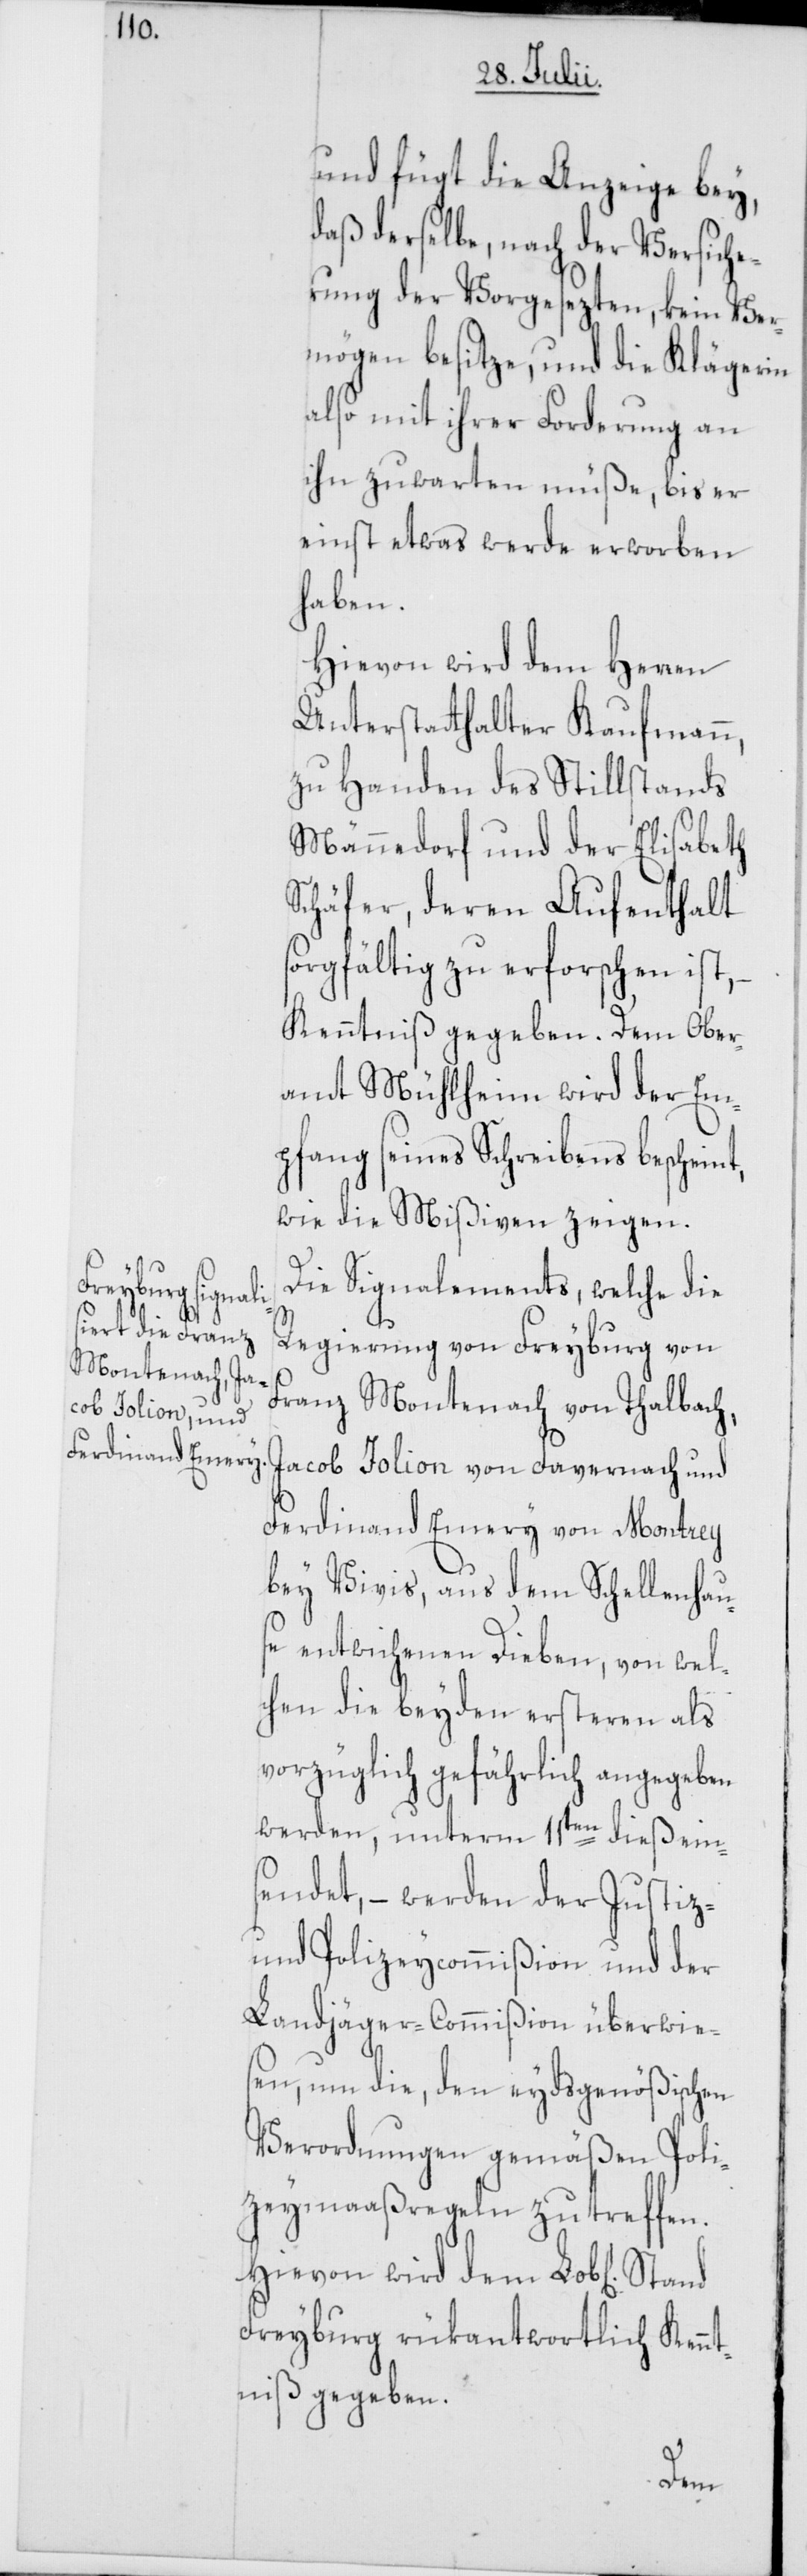
und fügt die Anzeige bey,
daß derselbe, nach der Versiche¬
rung der Vorgesezten, kein Ver¬
mögen besitze, und die Klägerin
also mit ihrer Forderung an
ihn zuwarten müße, bis er
einst etwas werde erworben
haben.
Hievon wird dem Herren
Unterstatthalter Kaufmann,
zu Handen des Stillstands
Männedorf und der Elisabeth
Schäfer, deren Aufenthalt
sorgfältig zu erforschen ist,
Kenntniß gegeben. Dem Ober¬
amt Mühlheim wird der Em¬
pfang seines Schreibens bescheint,
wie die Mißiven zeigen.
Die Signalements, welche die
Regierung von Freyburg von
Franz Montenach von Thalbach,
Jacob Jolion von Favernach und
Ferdinand Emery von Montrey
bey Vivis, aus dem Schellenhau¬
se entwichenen Dieben, von wel¬
chen die beyden ersteren als
vorzüglich gefährlich angegeben
werden, unterm 11ten dieß ein¬
sendet, – werden der Justiz-
und Polizeycommißion und der
Landjäger-Commißion überwie¬
sen, um die, den eydsgenößischen
Verordnungen gemäßen Poli¬
zeymaaßregeln zu treffen.
Hievon wird dem Lob[lichen]
Freyburg rükantwortlich Kennt¬
niß gegeben.